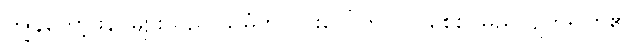
ကျွန်တော့်ဖိနပ်များသည် သမံတလင်းပေါ်တွင် တစွေစွ မြည်လျက်ရှိကြ၏။